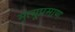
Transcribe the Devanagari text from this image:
मृत्यूप्रमाण